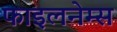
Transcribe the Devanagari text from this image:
फाइलनेम्स